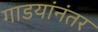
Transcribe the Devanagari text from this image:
गाडयांनंतर